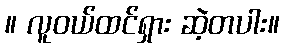
။ လူဝယ်ထင်ရှား ဆဲ့တပါး။